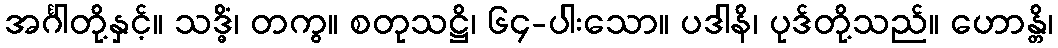
အင်္ဂါတို့နှင့်။ သဒ္ဓိံ၊ တကွ။ စတုသဋ္ဌိ၊ ၆၄-ပါးသော။ ပဒါနိ၊ ပုဒ်တို့သည်။ ဟောန္တိ၊